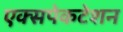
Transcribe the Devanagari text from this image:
एक्सपेकटेशन